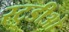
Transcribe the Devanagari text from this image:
स्टुडीओ